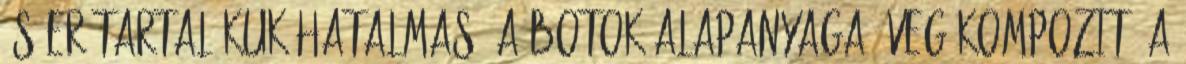
és erőtartalékuk hatalmas. A botok alapanyaga üveg kompozit, a